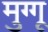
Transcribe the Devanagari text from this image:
मुग्गू